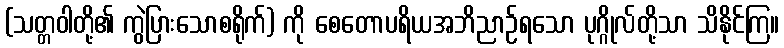
(သတ္တဝါတို့၏ ကွဲပြားသောစရိုက်) ကို စေတောပရိယအဘိညာဉ်ရသော ပုဂ္ဂိုလ်တို့သာ သိနိုင်ကြ။